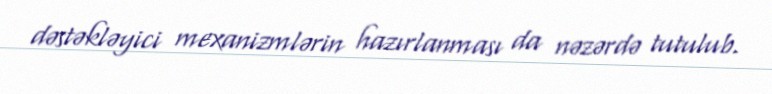
dəstəkləyici mexanizmlərin hazırlanması da nəzərdə tutulub.